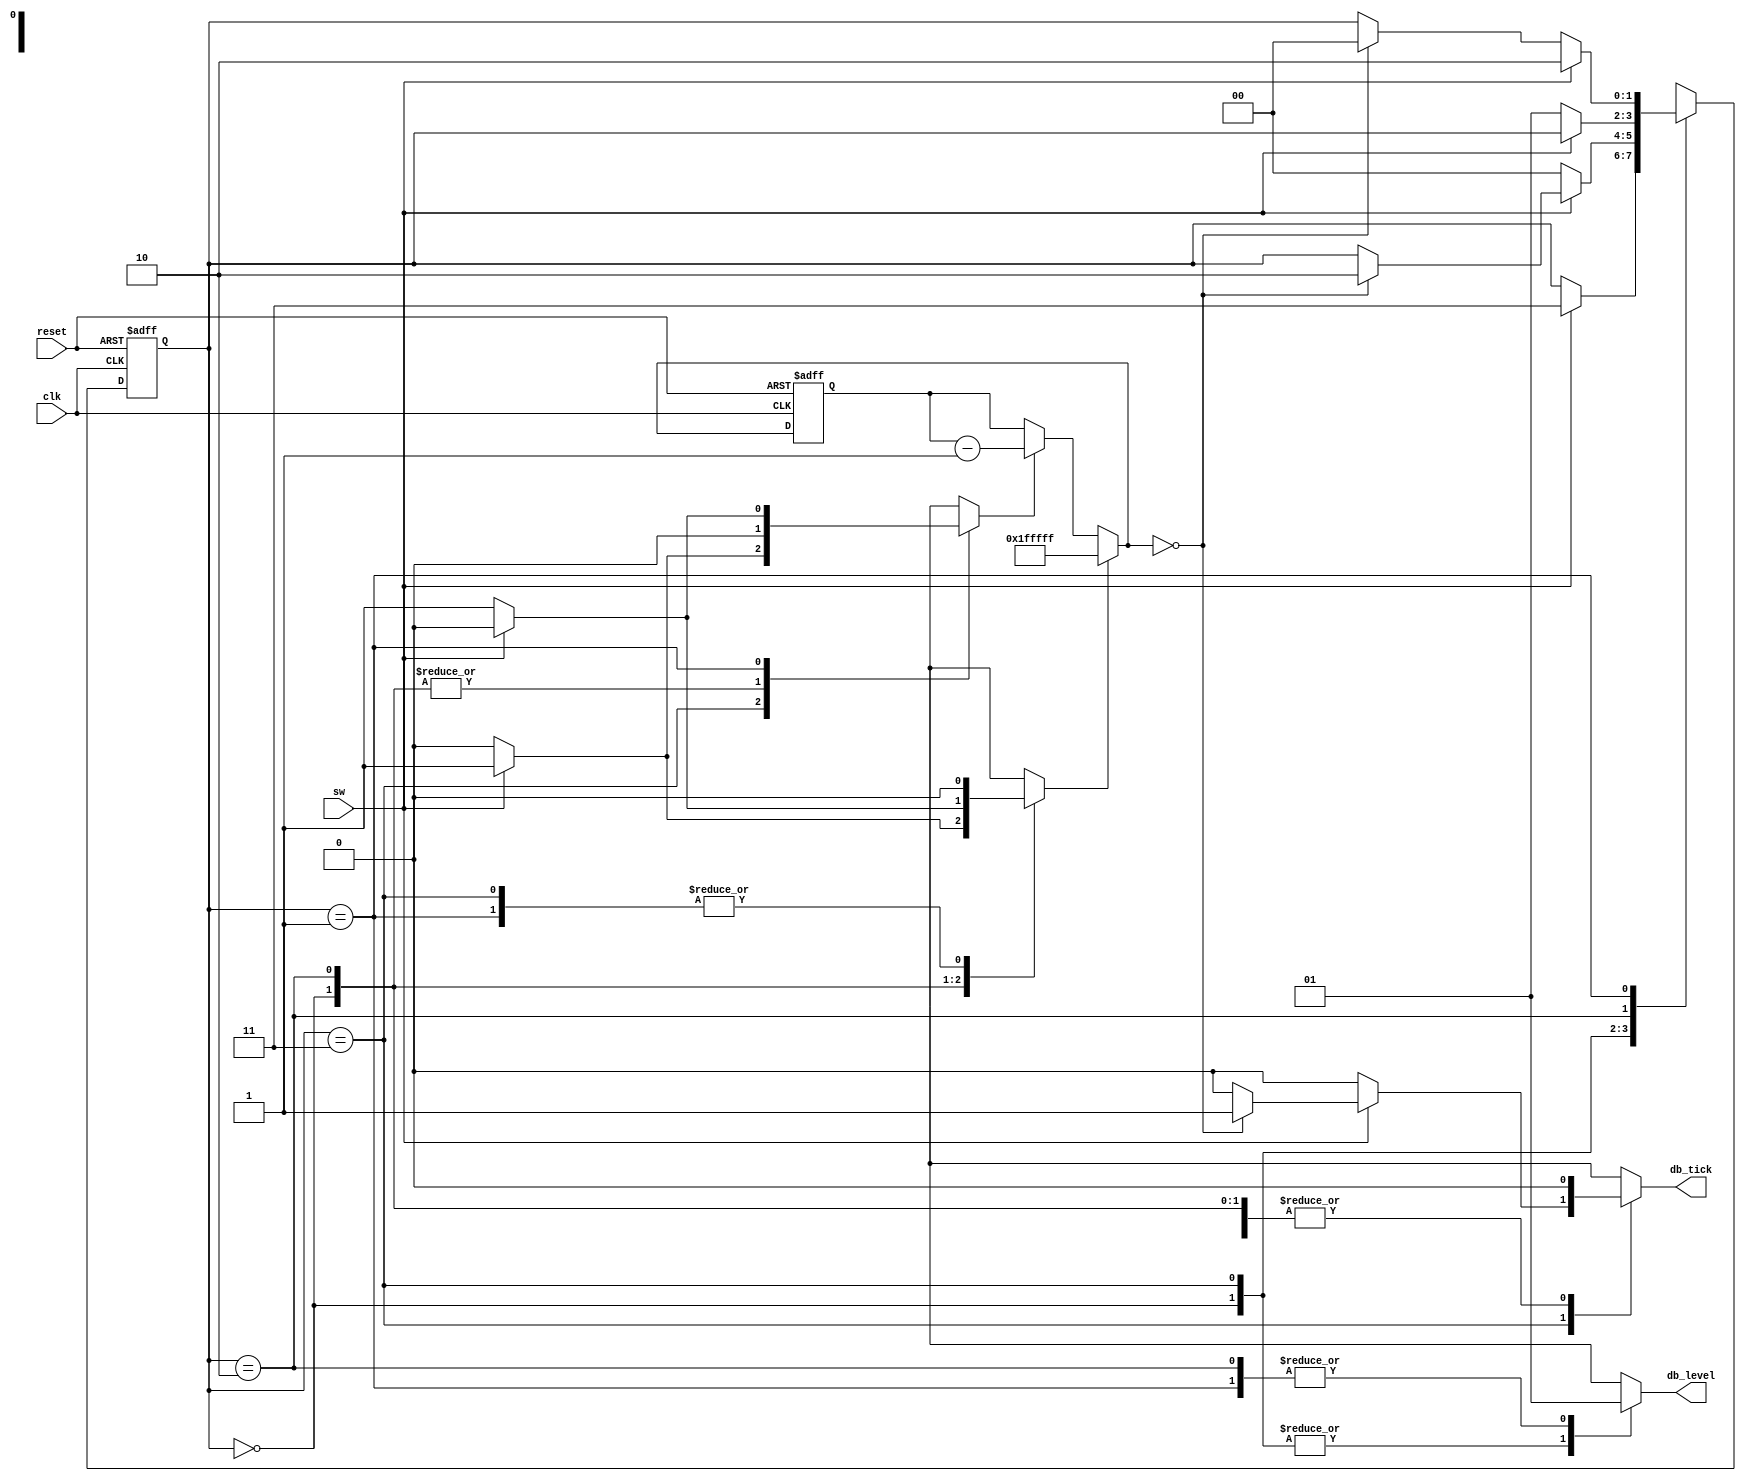
// Listing 6.1
module debounce_explicit
   (
    input wire clk, reset,
    input wire sw,
    output reg db_level, db_tick
   );

   // symbolic state declaration
   localparam  [1:0]
               zero  = 2'b00,
               wait0 = 2'b01,
               one   = 2'b10,
               wait1 = 2'b11;

   // number of counter bits (2^N * 20ns = 40ms)
   localparam N=21;

   // signal declaration
   reg [1:0] state_reg, state_next;
   reg [N-1:0] q_reg;
   wire [N-1:0] q_next;
   wire q_zero;
   reg q_load, q_dec;

   // body
   // fsmd state & data registers
    always @(posedge clk, posedge reset)
       if (reset)
          begin
             state_reg <= zero;
             q_reg <= 0;
          end
       else
          begin
             state_reg <= state_next;
             q_reg <= q_next;
          end

   // FSMD data path (counter) next-state logic
   assign q_next = (q_load) ? {N{1'b1}} :   // load 1..1
                   (q_dec)  ? q_reg - 1 :   // decrement
                              q_reg;
   // status signal
   assign q_zero = (q_next==0);

   // FSMD control path next-state logic
   always @*
   begin
      state_next = state_reg;  // default state: the same
      q_load = 1'b0;           // default output: 0
      q_dec = 1'b0;            // default output: 0
      db_tick = 1'b0;          // default output: 0
      case (state_reg)
         zero:
            begin
               db_level = 1'b0;
               if (sw)
                  begin
                     state_next = wait1;
                     q_load = 1'b1;
                  end
            end
         wait1:
            begin
               db_level = 1'b0;
               if (sw)
                  begin
                     q_dec = 1'b1;
                     if (q_zero)
                        begin
                           state_next = one;
                           db_tick = 1'b1;
                        end
                  end
               else // sw==0
                  state_next = zero;
            end
         one:
            begin
               db_level = 1'b1;
               if (~sw)
                  begin
                     state_next = wait0;
                     q_load = 1'b1;
                  end
            end
         wait0:
            begin
               db_level = 1'b1;
               if (~sw)
                  begin
                     q_dec = 1'b1;
                     if (q_zero)
                        state_next = zero;
                  end
               else // sw==1
                  state_next = one;
            end
         default: state_next = zero;
      endcase
   end

endmodule